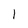
Character: 1